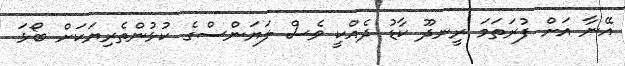
އޭނާ އަށް ފުރަތަމަ ރީނދޫ ކާޑު ދެއްކީ ވެސް ލަޔަންސްގެ ކުޅުންތެރިޔަކަށް ބޯޅަ